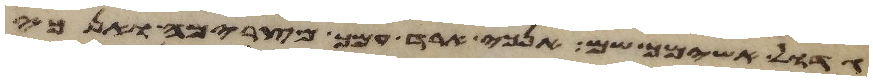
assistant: גדול אשימך שם אנכי ארד עמך מצרימה ואנכי